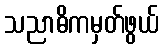
သညာဓိကမှတ်ဖွယ်